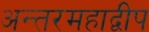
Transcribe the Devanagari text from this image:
अन्तरमहाद्वीप